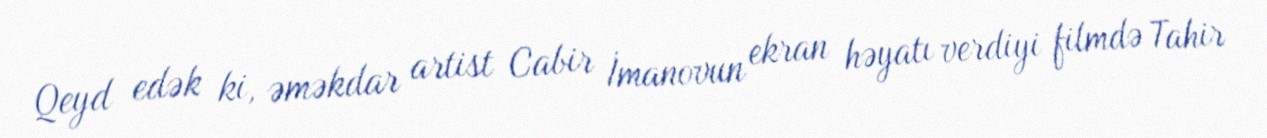
Qeyd edək ki, əməkdar artist Cabir İmanovun ekran həyatı verdiyi filmdə Tahir